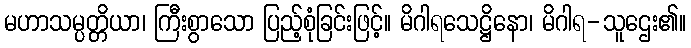
မဟာသမ္ပတ္တိယာ၊ ကြီးစွာသော ပြည့်စုံခြင်းဖြင့်။ မိဂါရသေဋ္ဌိနော၊ မိဂါရ-သူဌေး၏။